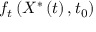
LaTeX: f _ { t } \left( X ^ { \ast } \left( t \right) , t _ { 0 } \right)